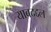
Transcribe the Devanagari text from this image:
याबद्द्दल